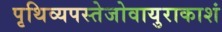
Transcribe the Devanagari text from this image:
पृथिव्यपस्तेजोवायुराकाशं